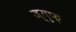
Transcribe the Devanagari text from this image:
ज्युफ़